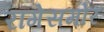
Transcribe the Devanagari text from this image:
रांगेसमोर